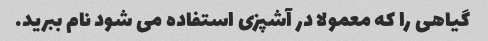
گیاهی را که معمولا در آشپزی استفاده می شود نام ببرید.